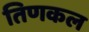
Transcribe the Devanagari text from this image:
तिणकल